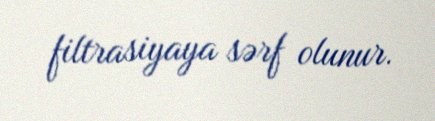
filtrasiyaya sərf olunur.